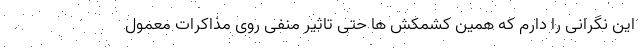
این نگرانی را دارم که همین کشمکش ها حتی تاثیر منفی روی مذاکرات معمول